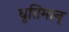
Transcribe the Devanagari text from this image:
धृतिमान्‌